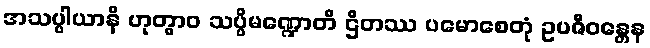
အသပ္ပါယာနိ ဟုတွာဝ သပ္ပိမဏ္ဍောတိ ဌိတဿ ပမောစေတုံ ဥပဇီဝန္တေန